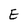
Character: E